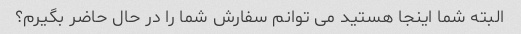
البته شما اینجا هستید می توانم سفارش شما را در حال حاضر بگیرم؟